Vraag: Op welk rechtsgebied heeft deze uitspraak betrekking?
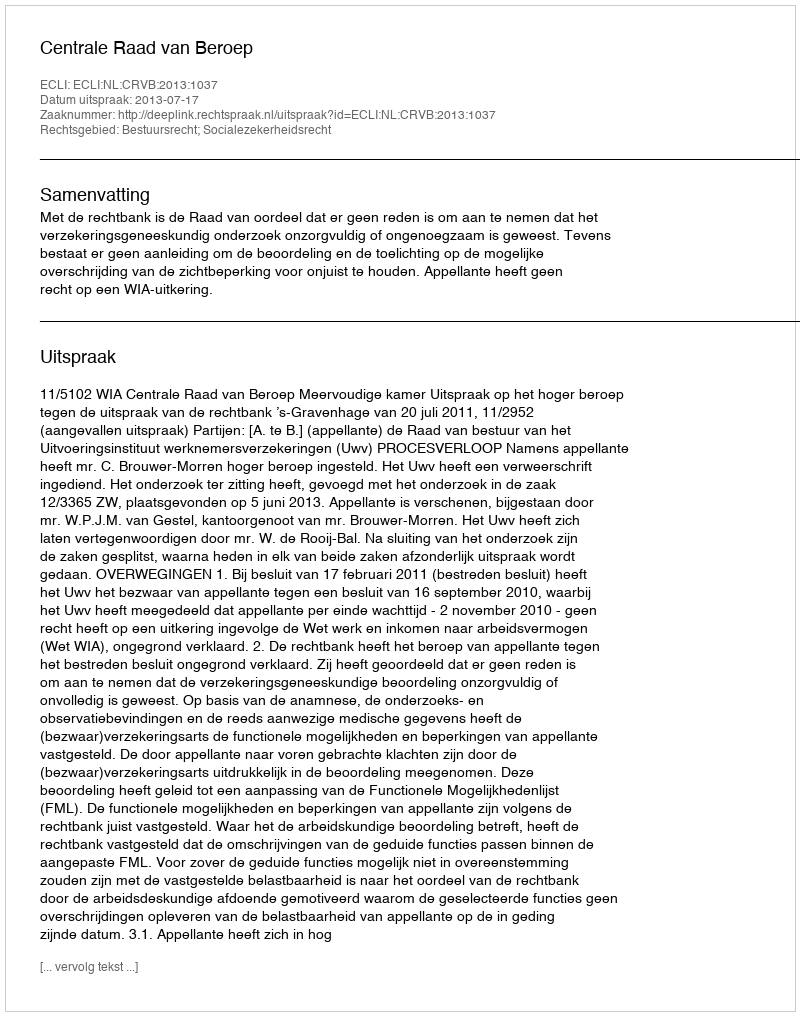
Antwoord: Bestuursrecht; Socialezekerheidsrecht